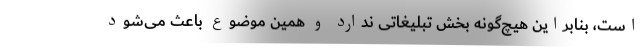
است، بنابراین هیچ‌گونه بخش تبلیغاتی ندارد و همین موضوع باعث می‌شود